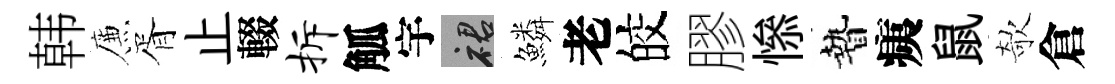
韩簾胥止輟拆觚宇裙鱗老皎膠𢡖贄痍鼠欹倉